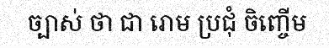
ច្បាស់ ថា ជា រោម ប្រជុំ ចិញ្ចើម